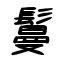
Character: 鬘